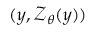
( \boldsymbol { y } , \boldsymbol { \mathcal { Z } } _ { \boldsymbol { \theta } } ( \boldsymbol { y } ) )